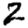
Digit: 2